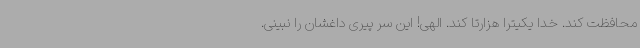
محافظت کند. خدا یکیترا هزارتا کند. الهی! این سر پیری داغشان را نبینی.